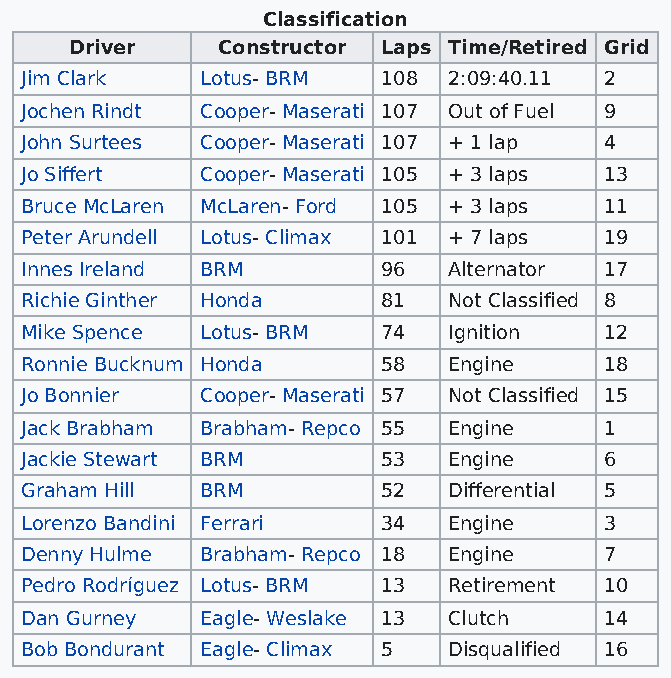
Classification
 Driver   Constructor Laps Time/Retired Grid
 Jim Clark   Lotus- BRM  108  2:09:40.11 2
 Jochen Rindt Cooper- Maserati 107 Out of Fuel 9
 John Surtees Cooper- Maserati 107 + 1 lap 4
 Jo Siffert  Cooper- Maserati 105 + 3 laps 13
 Bruce McLaren McLaren- Ford 105 + 3 laps 11
 Peter Arundell Lotus- Climax 101 + 7 laps 19
 Innes Ireland BRM       96   Alternator 17
 Richie Ginther Honda    81   Not Classified 8
 Mike Spence Lotus- BRM  74   Ignition  12
 Ronnie Bucknum Honda    58   Engine    18
 Jo Bonnier  Cooper- Maserati 57 Not Classified 15
 Jack Brabham Brabham- Repco 55 Engine  1
 Jackie Stewart BRM      53   Engine    6
 Graham Hill BRM         52   Differential 5
 Lorenzo Bandini Ferrari 34   Engine    3
 Denny Hulme Brabham- Repco 18 Engine   7
 Pedro Rodríguez Lotus- BRM 13 Retirement 10
 Dan Gurney  Eagle- Weslake 13 Clutch   14
 Bob Bondurant Eagle- Climax 5 Disqualified 16